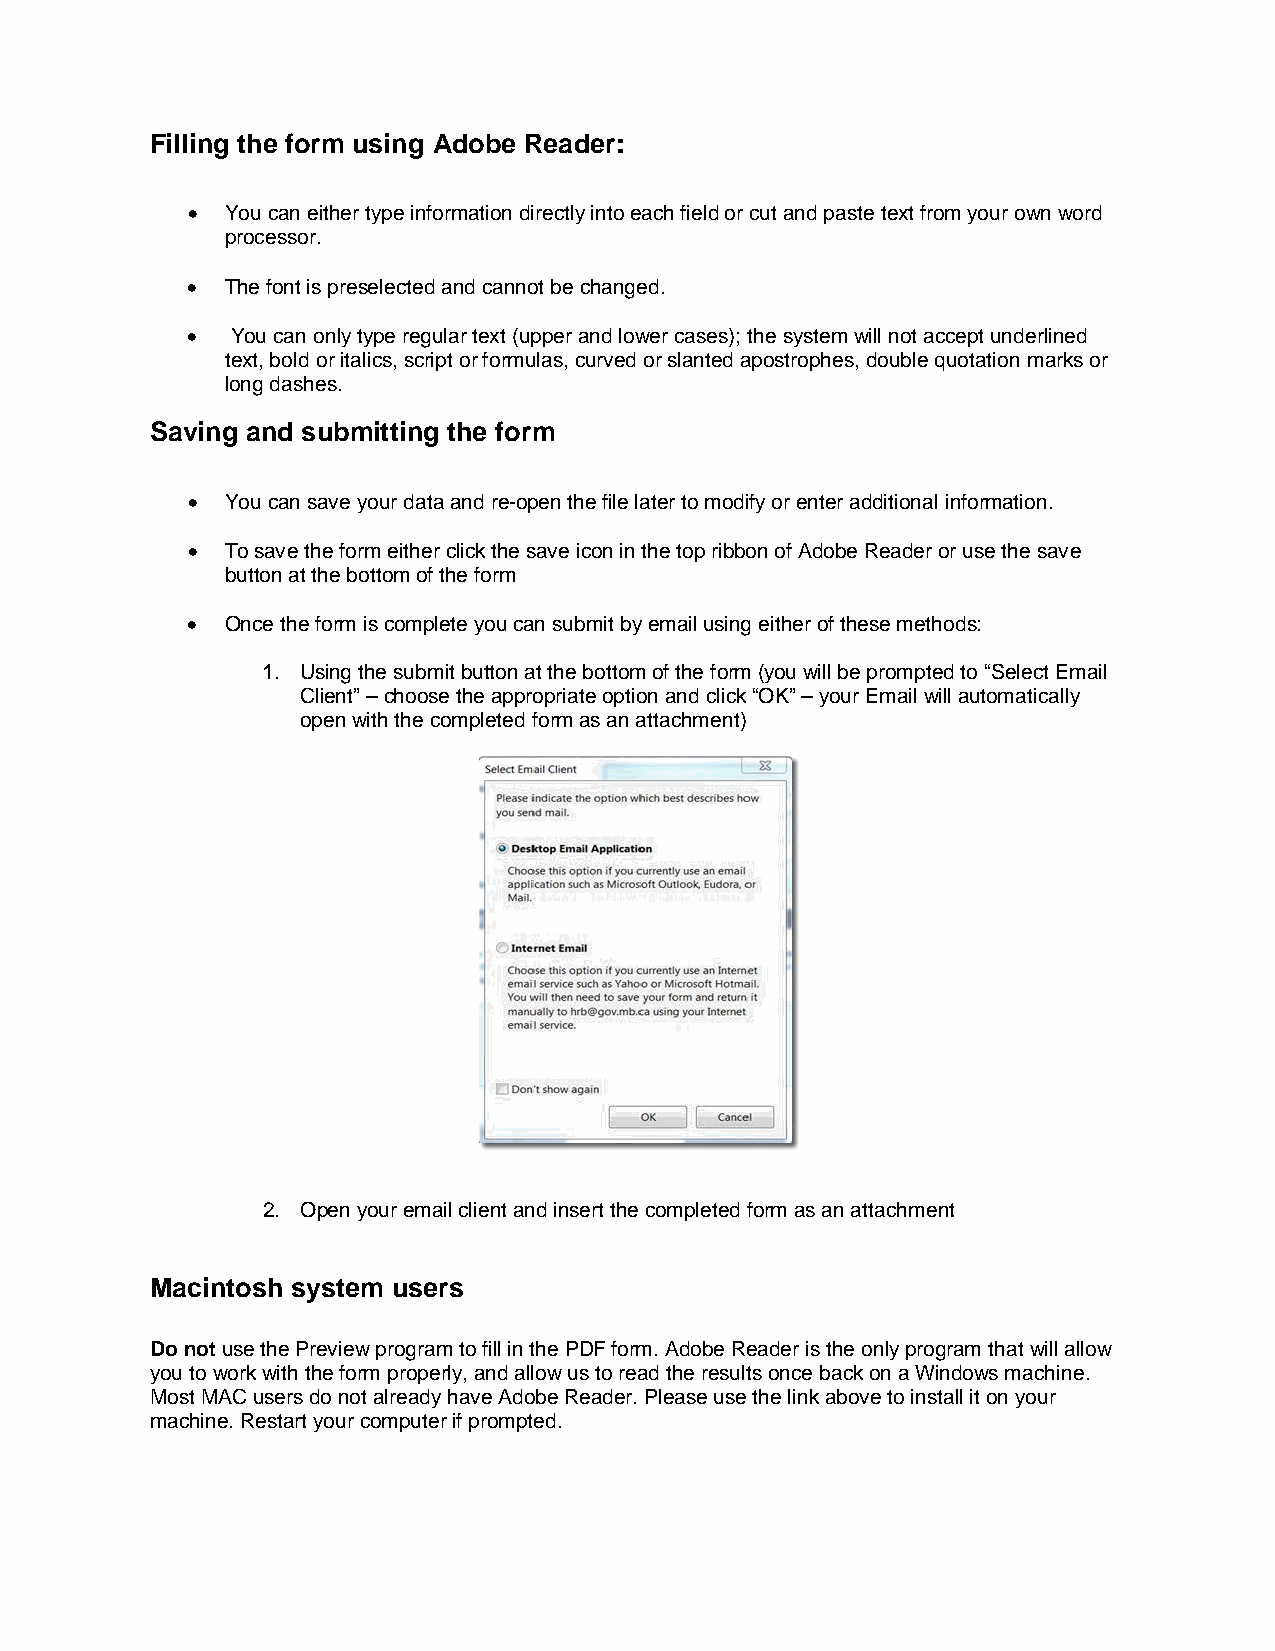
Filling the form using Adobe Reader:
 •  You can either type information directly into each field or cut and paste text from your own word
 processor.
 •  The font is preselected and cannot be changed.
 •  You can only type regular text (upper and lower cases); the system will not accept underlined
 text, bold or italics, script or formulas, curved or slanted apostrophes, double quotation marks or
 long dashes.
 Saving and submitting the form
 •  You can save your data and re-open the file later to modify or enter additional information.
 •  To save the form either click the save icon in the top ribbon of Adobe Reader or use the save
 button at the bottom of the form
 •  Once the form is complete you can submit by email using either of these methods:
 1. Using the submit button at the bottom of the form (you will be prompted to “Select Email
 Client” – choose the appropriate option and click “OK” – your Email will automatically
 open with the completed form as an attachment)
 2. Open your email client and insert the completed form as an attachment
 Macintosh system users
 Do not use the Preview program to fill in the PDF form. Adobe Reader is the only program that will allow
 you to work with the form properly, and allow us to read the results once back on a Windows machine.
 Most MAC users do not already have Adobe Reader. Please use the link above to install it on your
 machine. Restart your computer if prompted.